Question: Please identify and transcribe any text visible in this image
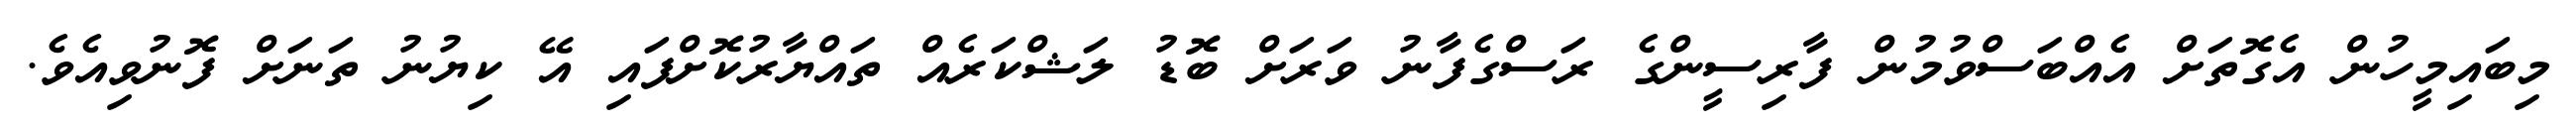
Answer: މިބައިމީހުން އެގޮތަށް އެއްބަސްވުމުން ފާރިސީންގެ ރަސްގެފާނު ވަރަށް ބޮޑު ލަޝްކަރެއް ތައްޔާރުކޮށްފައި އޭ ކިޔުނު ތަނަށް ފޮނުވިއެވެ.